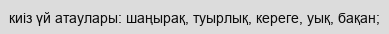
киіз үй атаулары: шаңырақ, туырлық, кереге, уық, бақан;